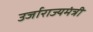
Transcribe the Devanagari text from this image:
उर्जाराज्यमंत्री